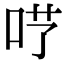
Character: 𠰖